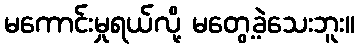
မကောင်းမှုရယ်လို့ မတွေ့ခဲ့သေးဘူး။